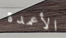
الأعمدة